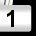
Digit: 1